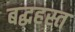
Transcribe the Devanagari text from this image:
बद्धहस्त